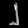
Digit: ၂